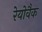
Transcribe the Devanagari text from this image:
रेयोवैक